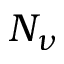
N _ { \nu }